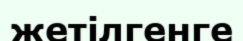
жетілгенге